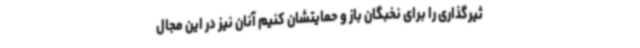
ثیرگذاری را برای نخبگان باز و حمایتشان کنیم آنان نیز در این مجال